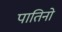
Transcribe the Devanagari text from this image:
पातिनो